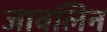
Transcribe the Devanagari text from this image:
जावलिन